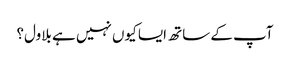
آپ کے ساتھ ایسا کیوں نہیں ہے بلاول؟